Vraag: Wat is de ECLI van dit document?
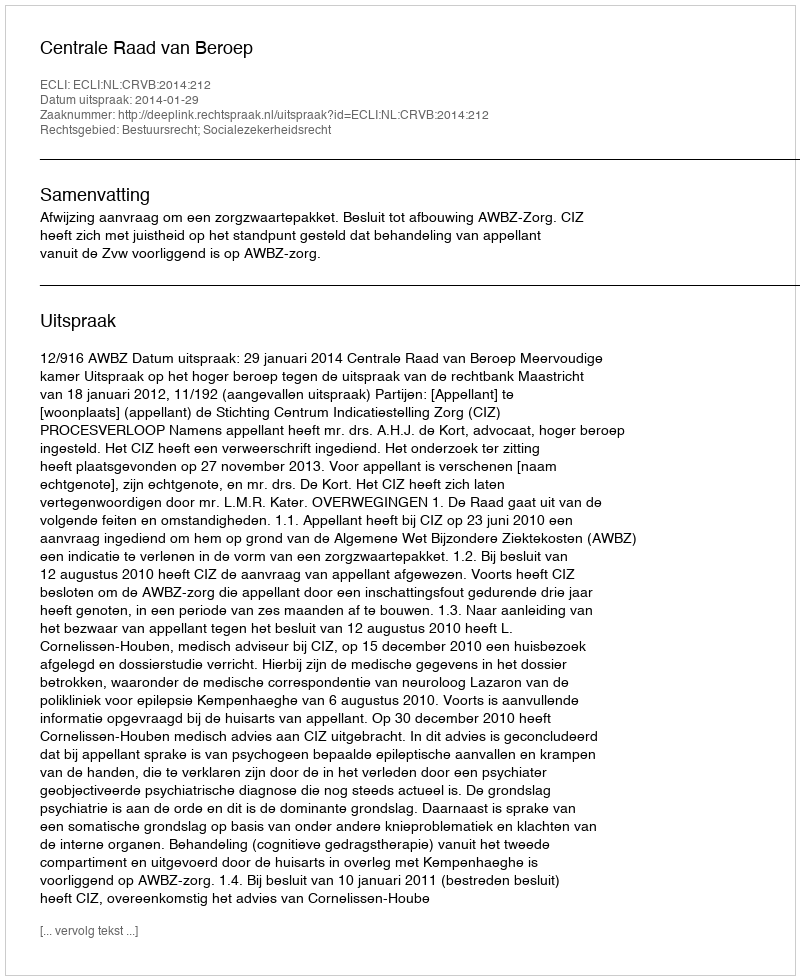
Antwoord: ECLI:NL:CRVB:2014:212